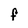
Character: f